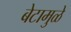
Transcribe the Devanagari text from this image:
बेटामुळे